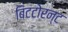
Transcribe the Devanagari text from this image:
बिटटोरन्ट